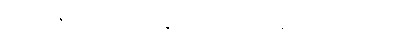
ကုရုင်္ဂမိဂဇာတကံ၊ ကုရုင်္ဂမိဂဇာတ်သည်။ နိဋ္ဌိတံ၊ ပြီးခြင်းသို့ရောက်ပြီ။ ၂၂၊